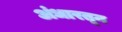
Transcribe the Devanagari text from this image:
अंधारतून